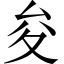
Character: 夋